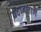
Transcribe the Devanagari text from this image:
बटावलागे